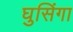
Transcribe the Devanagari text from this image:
घुसिंगा